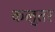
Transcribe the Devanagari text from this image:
कलुतर